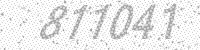
Solution: 811041